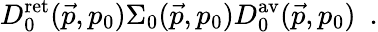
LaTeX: D_{0}^{\mathrm{ret}}(\vec{p},p_{0})\Sigma_{0}(\vec{p},p_{0})D_{0}^{\mathrm{av}}(\vec{p},p_{0})\, \, \, .